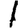
Digit: 1